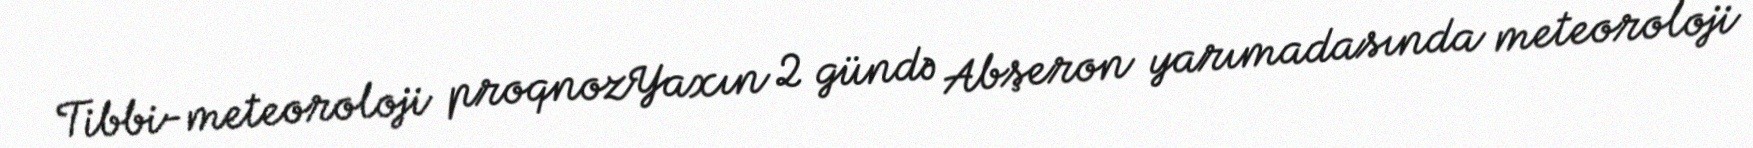
Tibbi-meteoroloji proqnozYaxın 2 gündə Abşeron yarımadasında meteoroloji